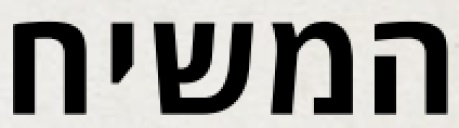
המשיח